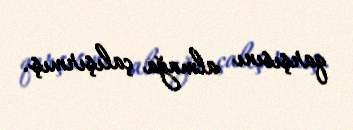
qarşısını almağa çalışırmış.